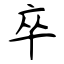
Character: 卒